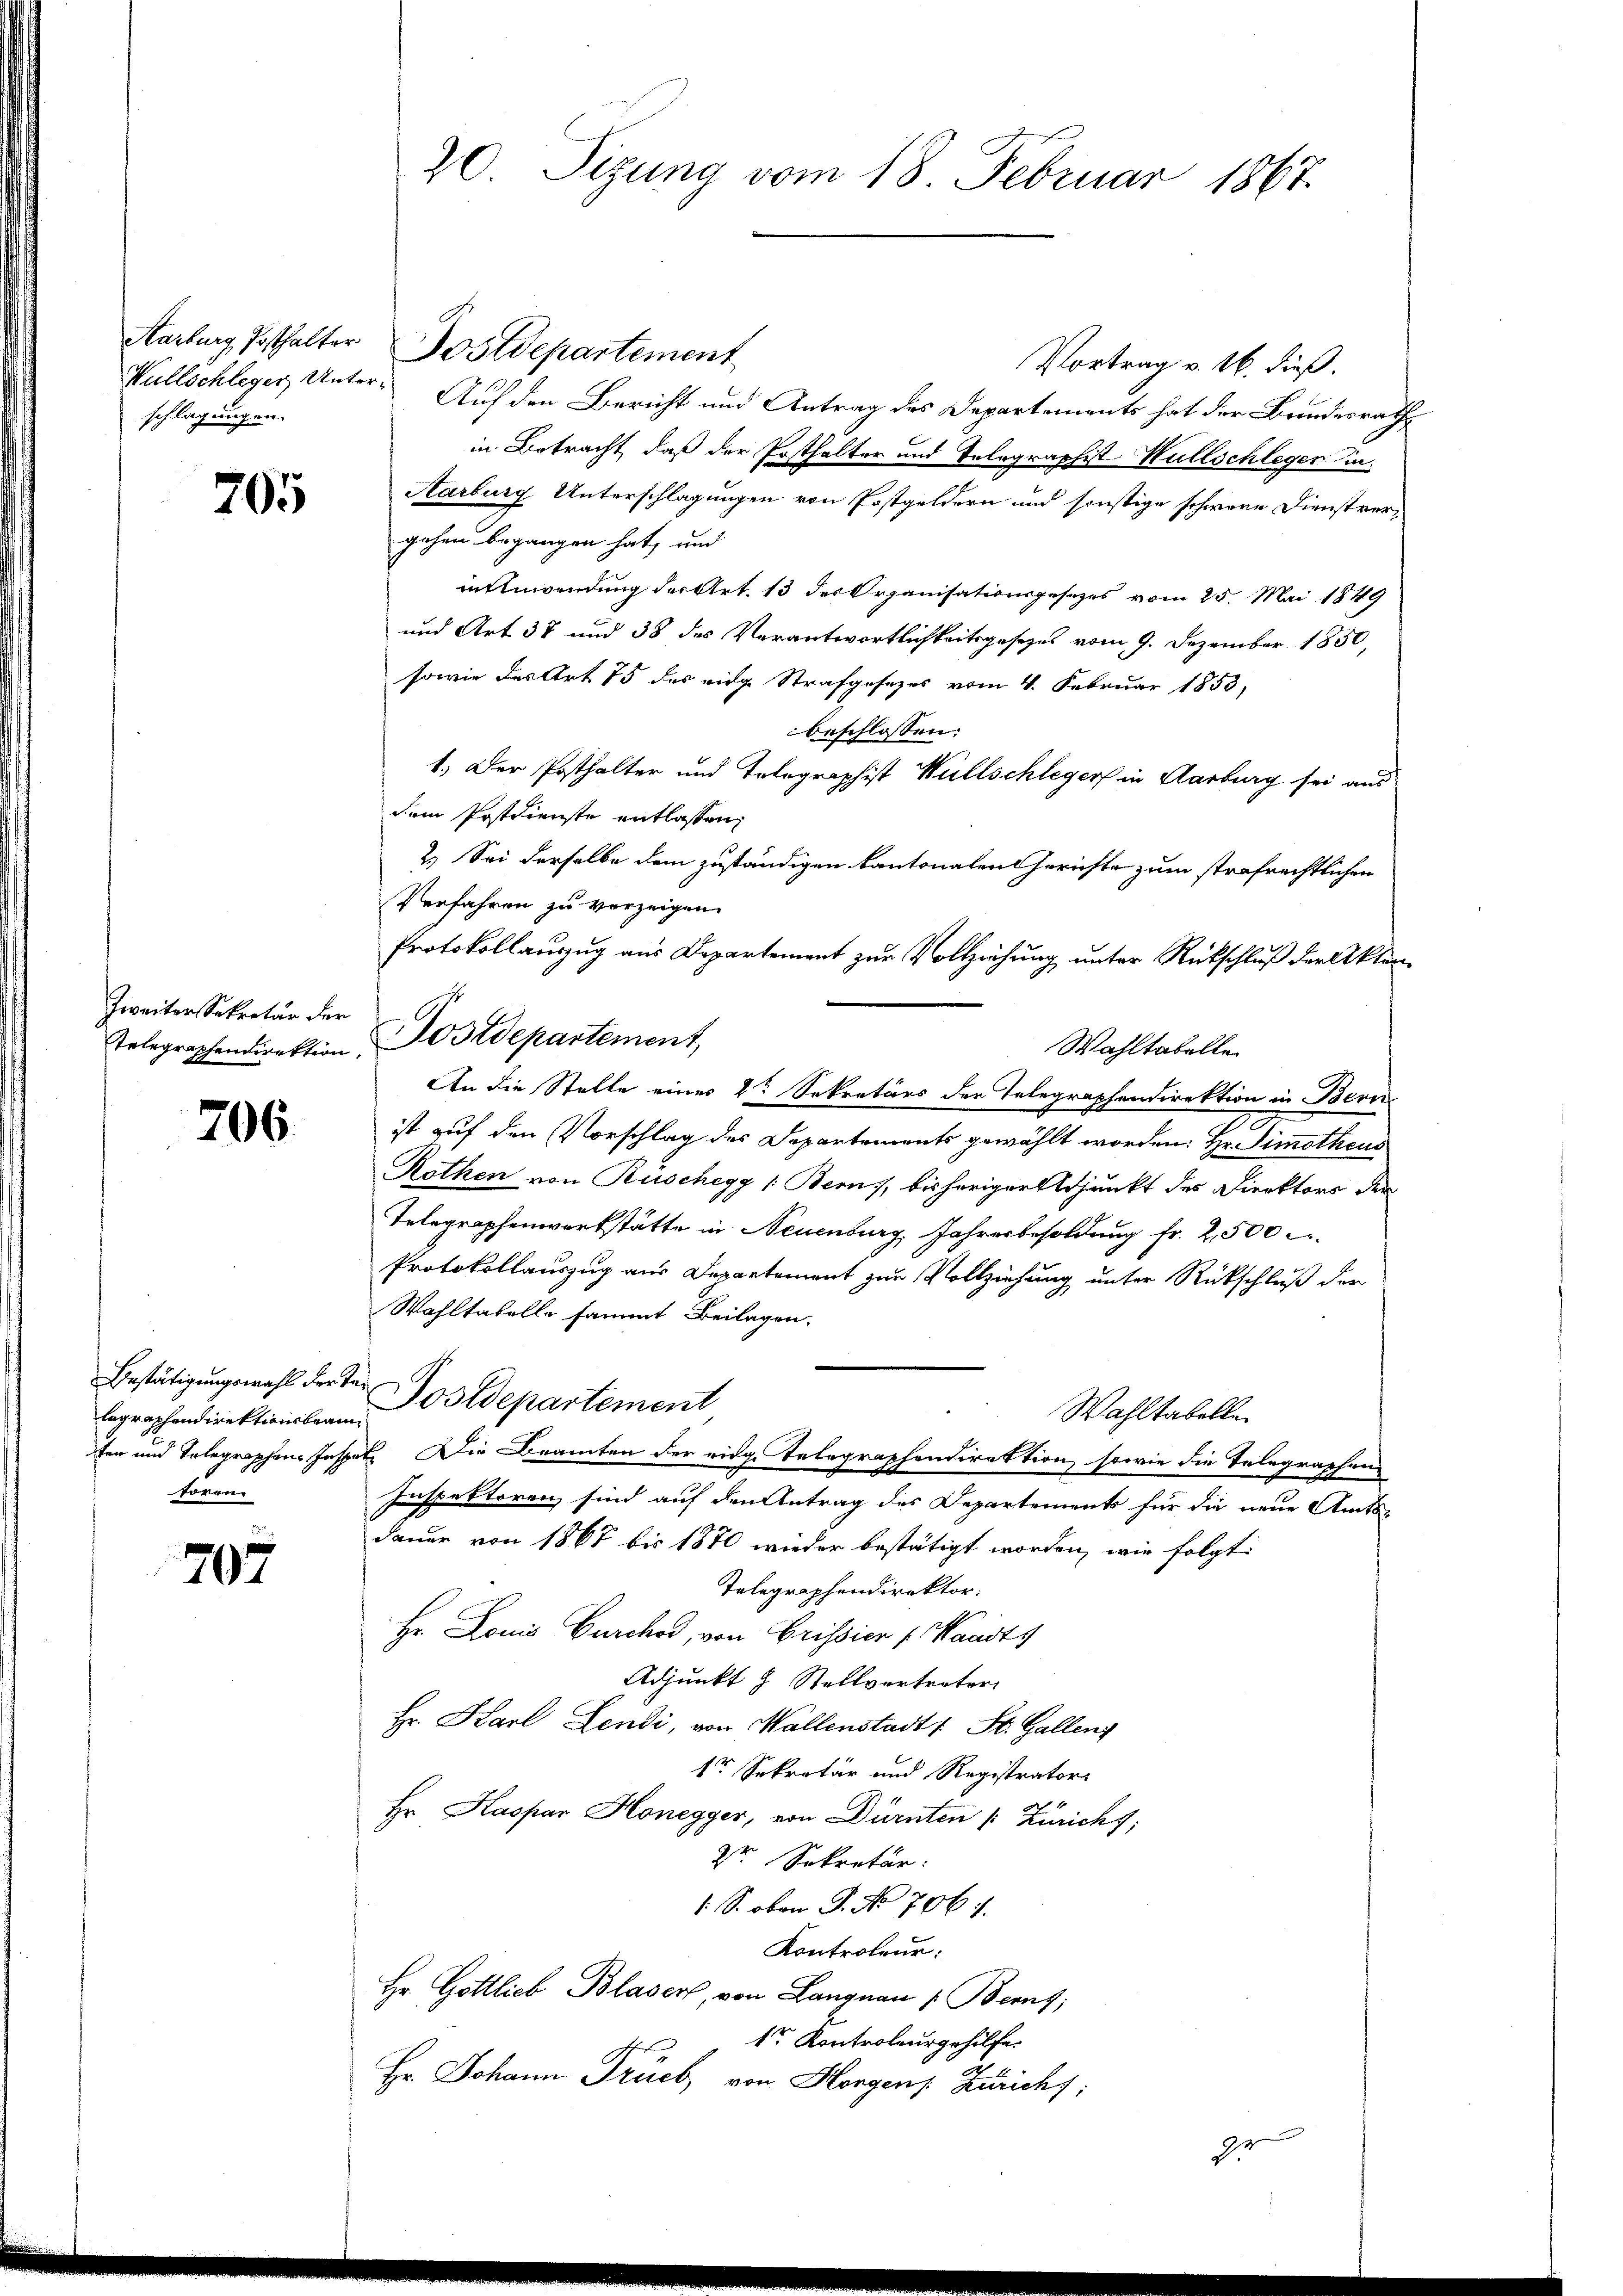
schlagungen.

705

Zweiter Sekretär der

706.

legraphendirektionsbeamsoren.

707

20. Sizung vom 18. Februar 1867.

Aarburg Posthalter Postdepartement
Vortrag v. 16. dieß.
Wullschleger, Unter Auf den Bericht und Antrag des Departements hat der Bundesrathe
in Betracht, daß der Posthalter und Telegraphist Hüllschleger Ka-
Aarburg Unterschlagungen von Postgeldern und sonstige schwere Dienstvergehen begangen hat, und
innwendung der Art. 13 des Organisationsgesetzes vom 25. Mai 1849
und Art 37 und 38 des Verantwortlichkeitsgesetzes vom 9. Dezember 1850,
sowie des Art 75 des eidge Strafgesezes vom 4. Februar 1853,
beschlossen:
1.) Der Posthalter und Telegraphist Wüllschleger in Aarburg sei aus
dem Postdienste entlassen,
2.) Sei derselbe dem zuständigen Kantonalen Gerichte zum strafrechtlichen
Verfahren zu verzeigen.
Protokollauszug aus Departement zur Vollziehung unter Rückschluß der Akten¬
Wahltabelle
An die Stelle eines 2t Sekretärs der Telegraphendirektion in Bern
ist auf den Vorschlag des Departements gewählt worden: Hr. Simotheus
Rothen von Rüschegg /: Berns, bisheriger Adjunkt des Direktors der
Telegraphenwerkstätte in Neuenburg, Jahresbesoldung fr. 2,500
Protokollauszug aus Departement zur Vollziehung unter Rückschluß der
Wahltabelle sammt Beilagen,
Bestätigungswahl der der Postdepartement
Wahltabellen
fen und Telegraphen-Inspek. Die Beamten der eidge Telegraphendirektion, sowie die Telegraphens
Inspektoren sind auf den Antrag des Departements für die neue Amts-
dauer von 1868 bis 1870 wieder bestätigt worden, wie folgt:
Telegraphendirektor.
Hr Louis Burchod, von Cristier (Waasts
Adjunkt z. Stellvertreter
Hr. Karl Lendi, von Wallenstadt St. Gallens
tr Sekretär und Registrator
Hr. Kaspar Honegger, von Dürnten /: Züricht,
2r Sekretär:
1 S. oben J. No 706. 1.
Kontroleur:
Hr. Gottlieb Blasen, von Langnau (Berns
1r Kontroleur gehilfe.
Hr. Johann Trück von Horgens Züricht:

Telegraphendirektion, Postdepartement,